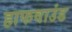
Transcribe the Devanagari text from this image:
हाफवाउंड